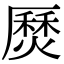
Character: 㷴